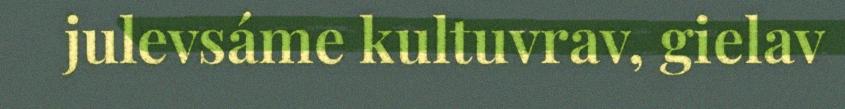
julevsáme kultuvrav, gielav